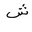
Letter: _shin